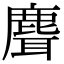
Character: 𬸽